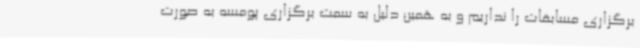
برگزاری مسابقات را نداریم و به همین دلیل به سمت برگزاری پومسه به صورت